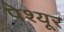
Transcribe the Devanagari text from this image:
पेश्यूर